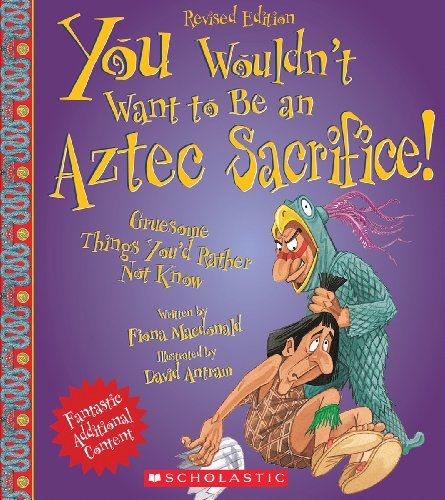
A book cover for You Wouldn't Want to Be an Aztec Sacrifice (Revised Edition); Fiona MacDonald; Children's Books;